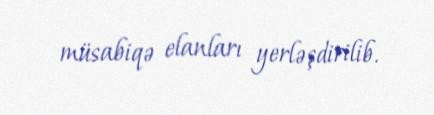
müsabiqə elanları yerləşdirilib.